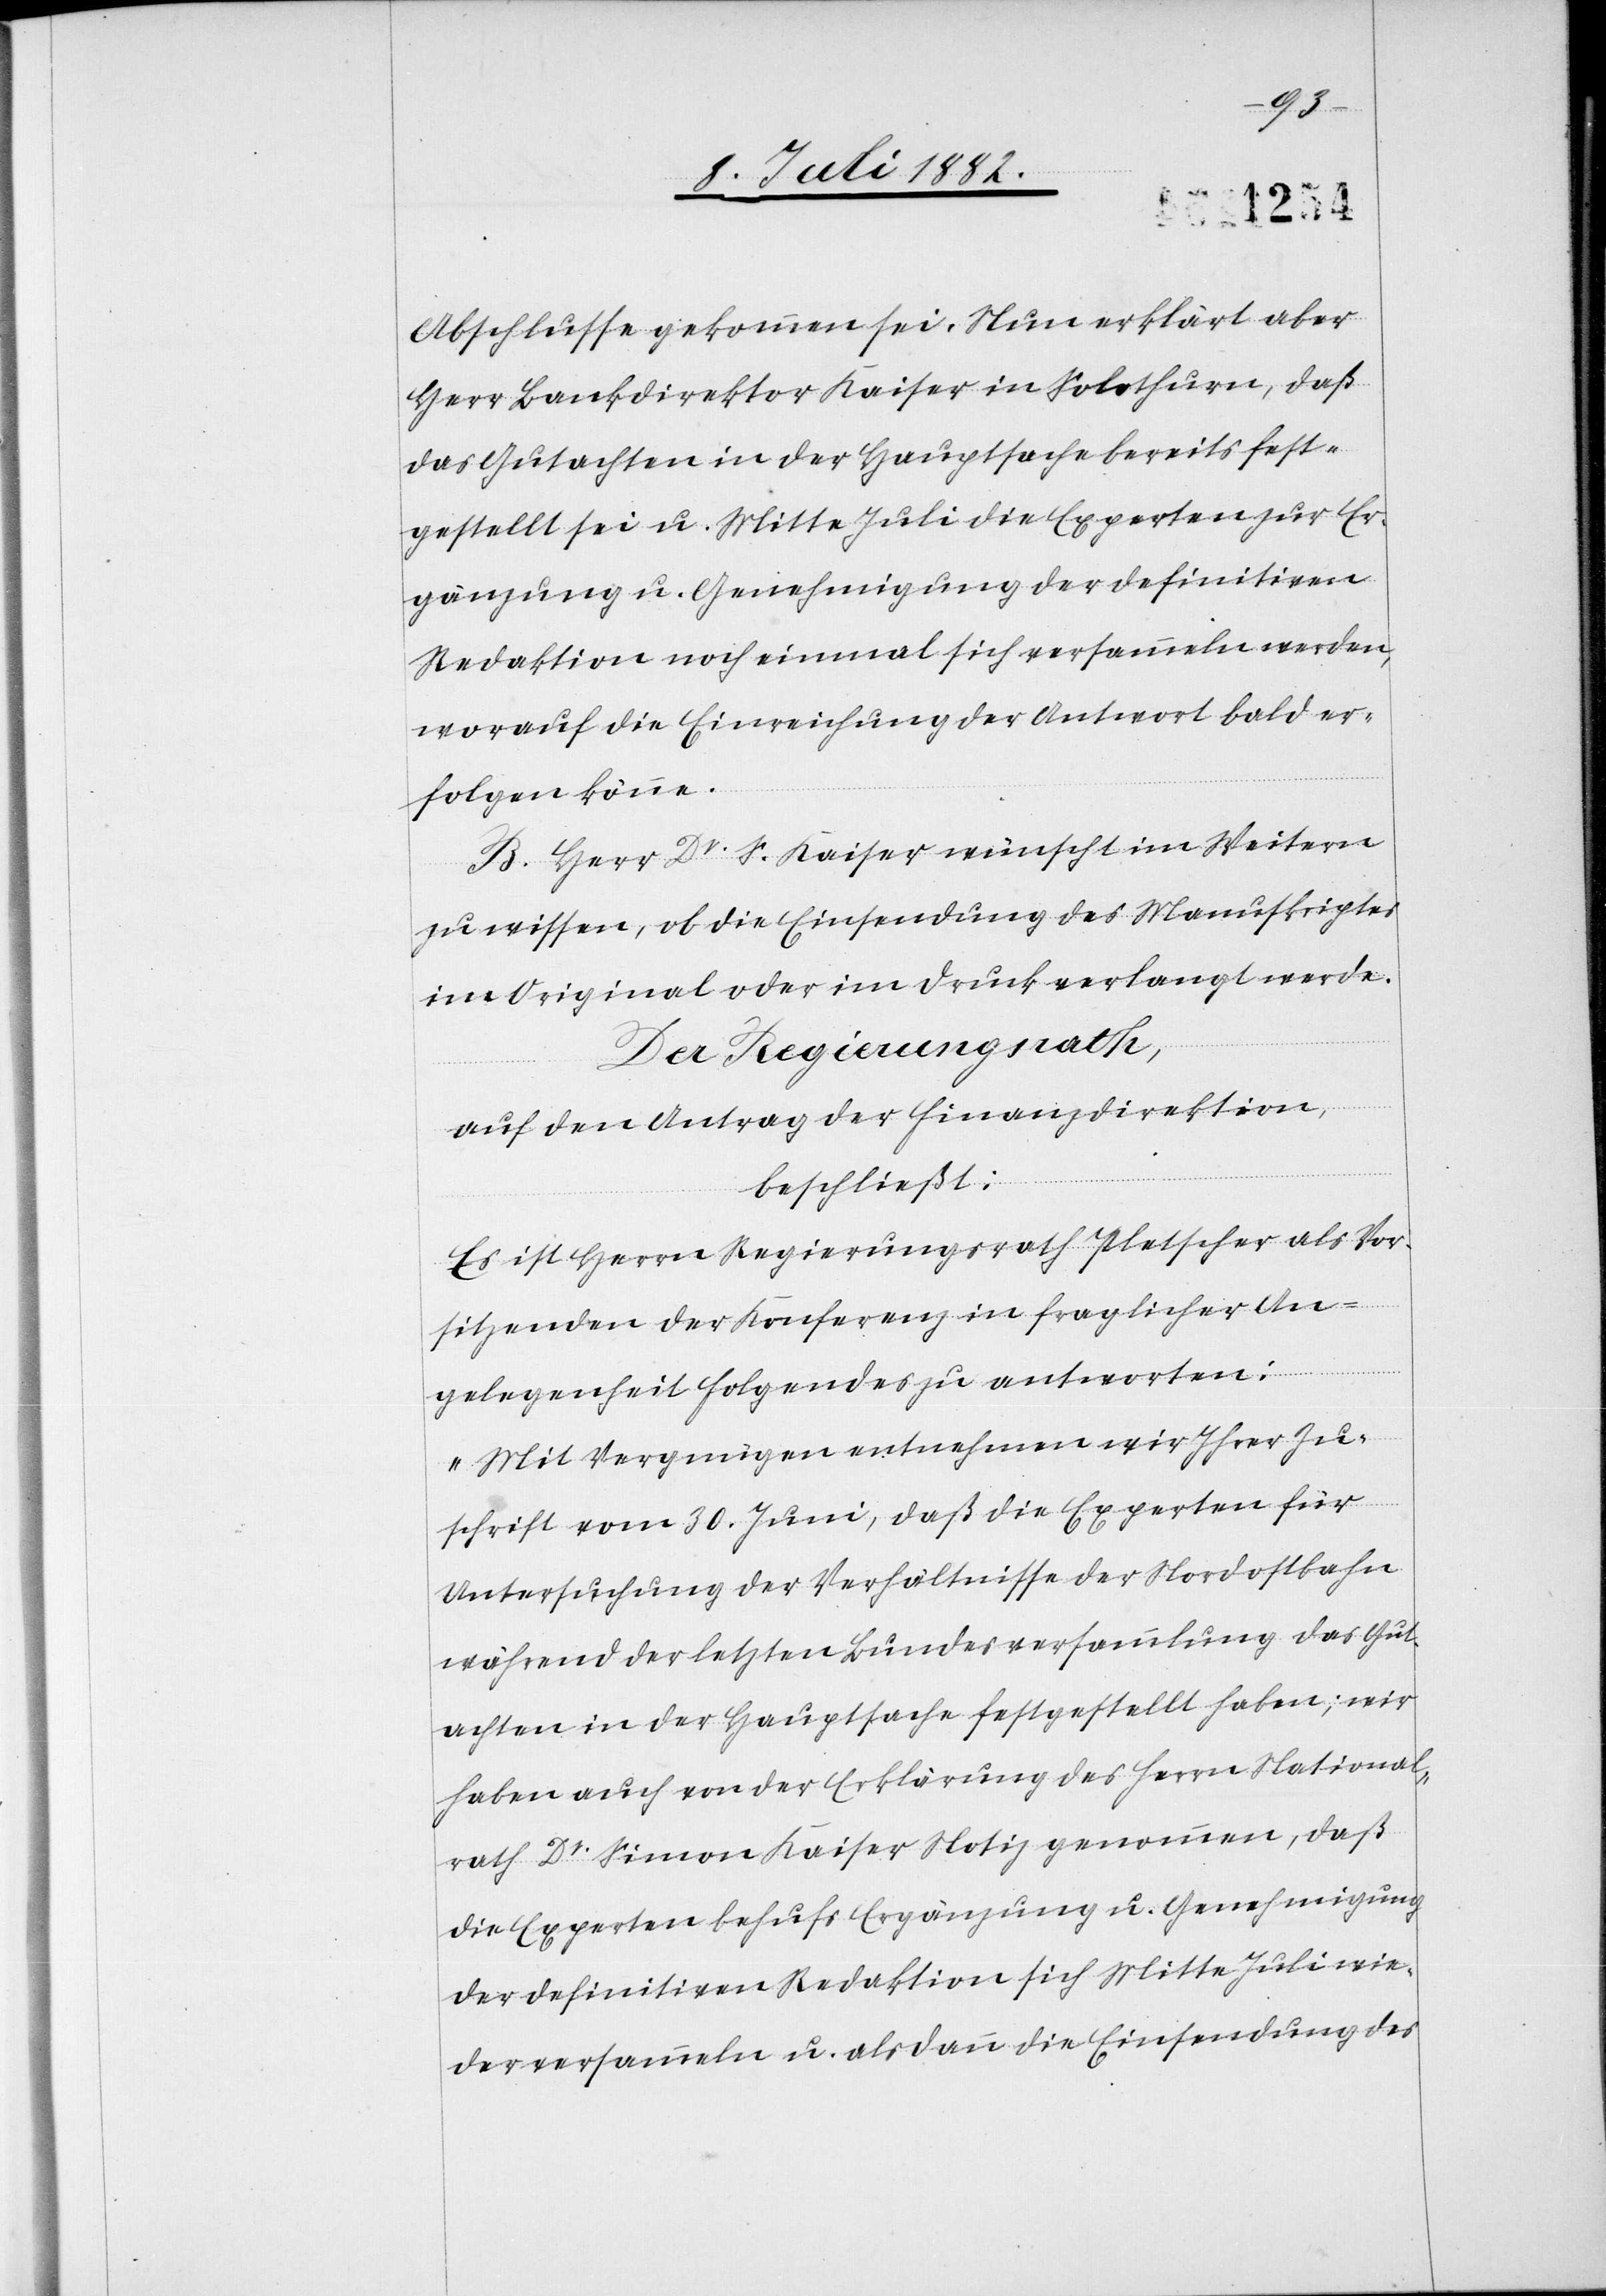
Abschlusse gekommen sei. Nun erklärt aber
Herr Bauinspektor Kaiser in Solothurn, daß
das Gutachten in der Hauptsache bereits fest¬
gestellt sei u. Mitte Juli die Experten zur Er¬
gänzung u. Genehmigung der definitiven
Redaktion noch einmal sich versammeln werden,
worauf die Einreichung der Antwort bald er¬
folgen könne.
B. Herr Dr S. Kaiser wünscht im Weitern
zu wissen, ob die Einsendung des Manuskriptes
im Original oder im Druck verlangt werde.
Der Regierungsrath,
auf den Antrag der Finanzdirektion,
beschließt:
Es ist Herrn Regierungsrath Platscher als Vor¬
sitzenden der Konferenz in fraglicher An¬
gelegenheit Folgendes zu antworten:
„Mit Vergnügen entnehmen wir Ihrer Zu¬
schrift vom 30. Juni, daß die Experten für
Untersuchung der Verhältnisse der Nordostbahn
während der letzten Bundesversammlung das Gut¬
achten in der Hauptsache festgestellt haben; wir
haben auch von der Erklärung des Herrn National¬
rath Dr Simon Kaiser Notiz genommen, daß
die Experten behufs Ergänzung u. Genehmigung
der definitiven Redaktion sich Mitte Juli wie¬
der versammeln u. alsdann die Einsendung des